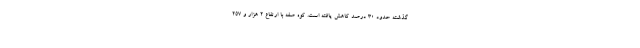
گذشته حدود ۳۰ درصد کاهش یافته است. کوه صُفه با ارتفاع ۲ هزار و ۲۵۷